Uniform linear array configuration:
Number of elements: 48
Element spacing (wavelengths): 1
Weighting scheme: hamming
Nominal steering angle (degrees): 15
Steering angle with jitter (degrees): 13.811
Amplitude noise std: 0.05
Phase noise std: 0.05

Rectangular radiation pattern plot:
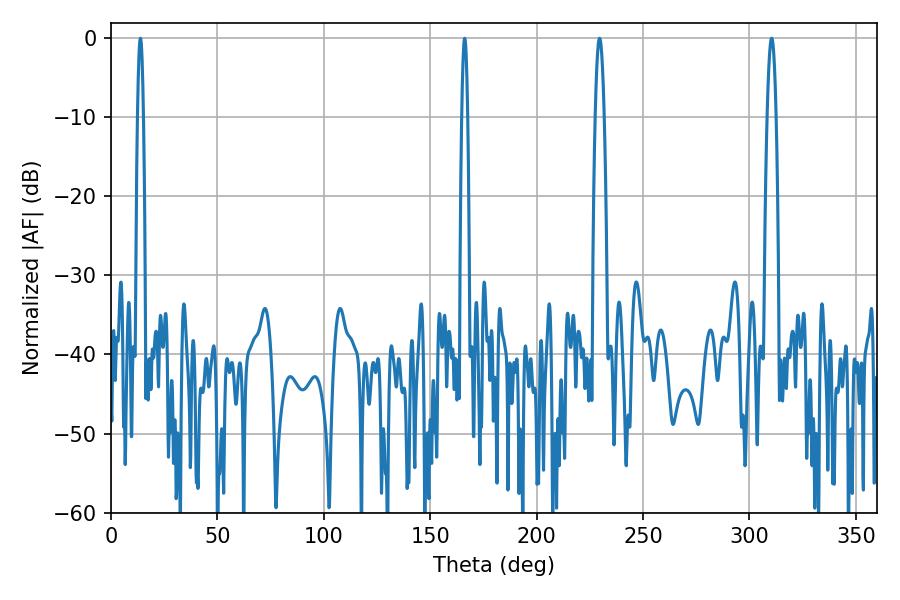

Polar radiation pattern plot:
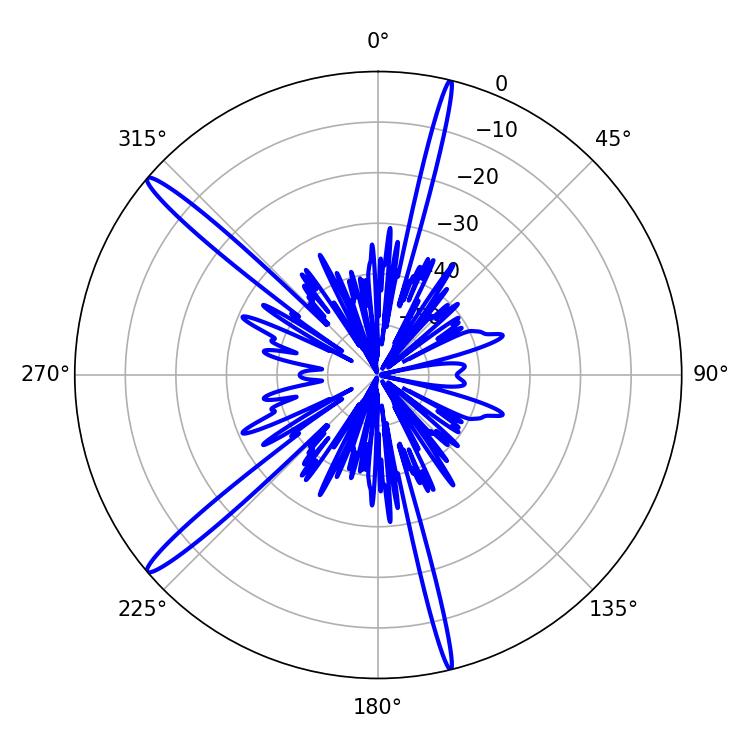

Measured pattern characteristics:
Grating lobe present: TRUE
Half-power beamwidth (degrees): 1.44
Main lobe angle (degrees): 166.14